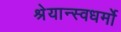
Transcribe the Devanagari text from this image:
श्रेयान्स्वधर्मो